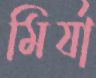
মির্যা